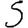
Digit: 5